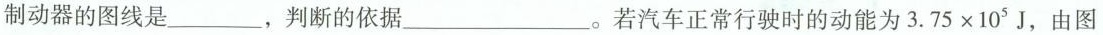
制动器的图线是___，判断的依据___。若汽车正常行驶时的动能为$$3 . 7 5 \times 1 0 ^ { 5 }J，由图